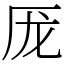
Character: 厐